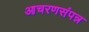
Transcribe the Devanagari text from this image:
आचरणसंपन्न